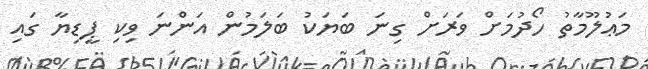
މަޢުލޫމާތު ހޯދުމަށް ވަރަށް ގިނަ ބަޔަކު ބަލަމުން އަންނަ ވިކި ޕީޑިޔާ ގައި